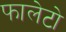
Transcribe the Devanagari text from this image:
फालेटो